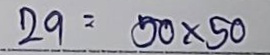
29 = 50 x 50